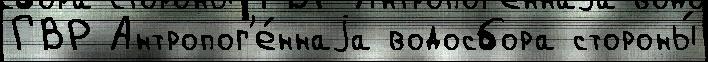
ГВР Антропог'е́ннаjа водосбора стороны́